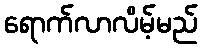
ရောက်လာလိမ့်မည်